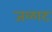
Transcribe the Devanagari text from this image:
जळाट